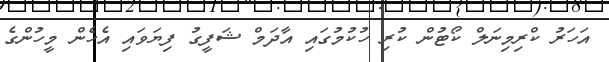
އަހަރު ކްރިމިނަލް ކޯޓުން ކުރި ހުކުމުގައި އާދަމް ޝަފީގު ފިޔަވައި އެހެން މީހުންގެ